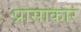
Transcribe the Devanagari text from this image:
प्रासाकार